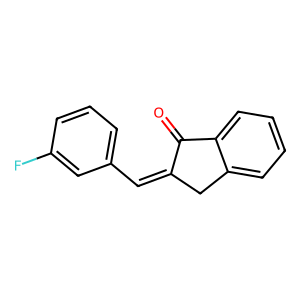
SMILES: O=C1C(=Cc2cccc(F)c2)Cc2ccccc21
Inhibits HIV replication: No